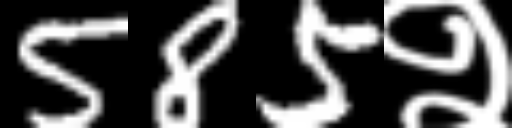
Text: 585२